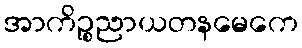
အာကိဉ္စညာယတနမေကေ